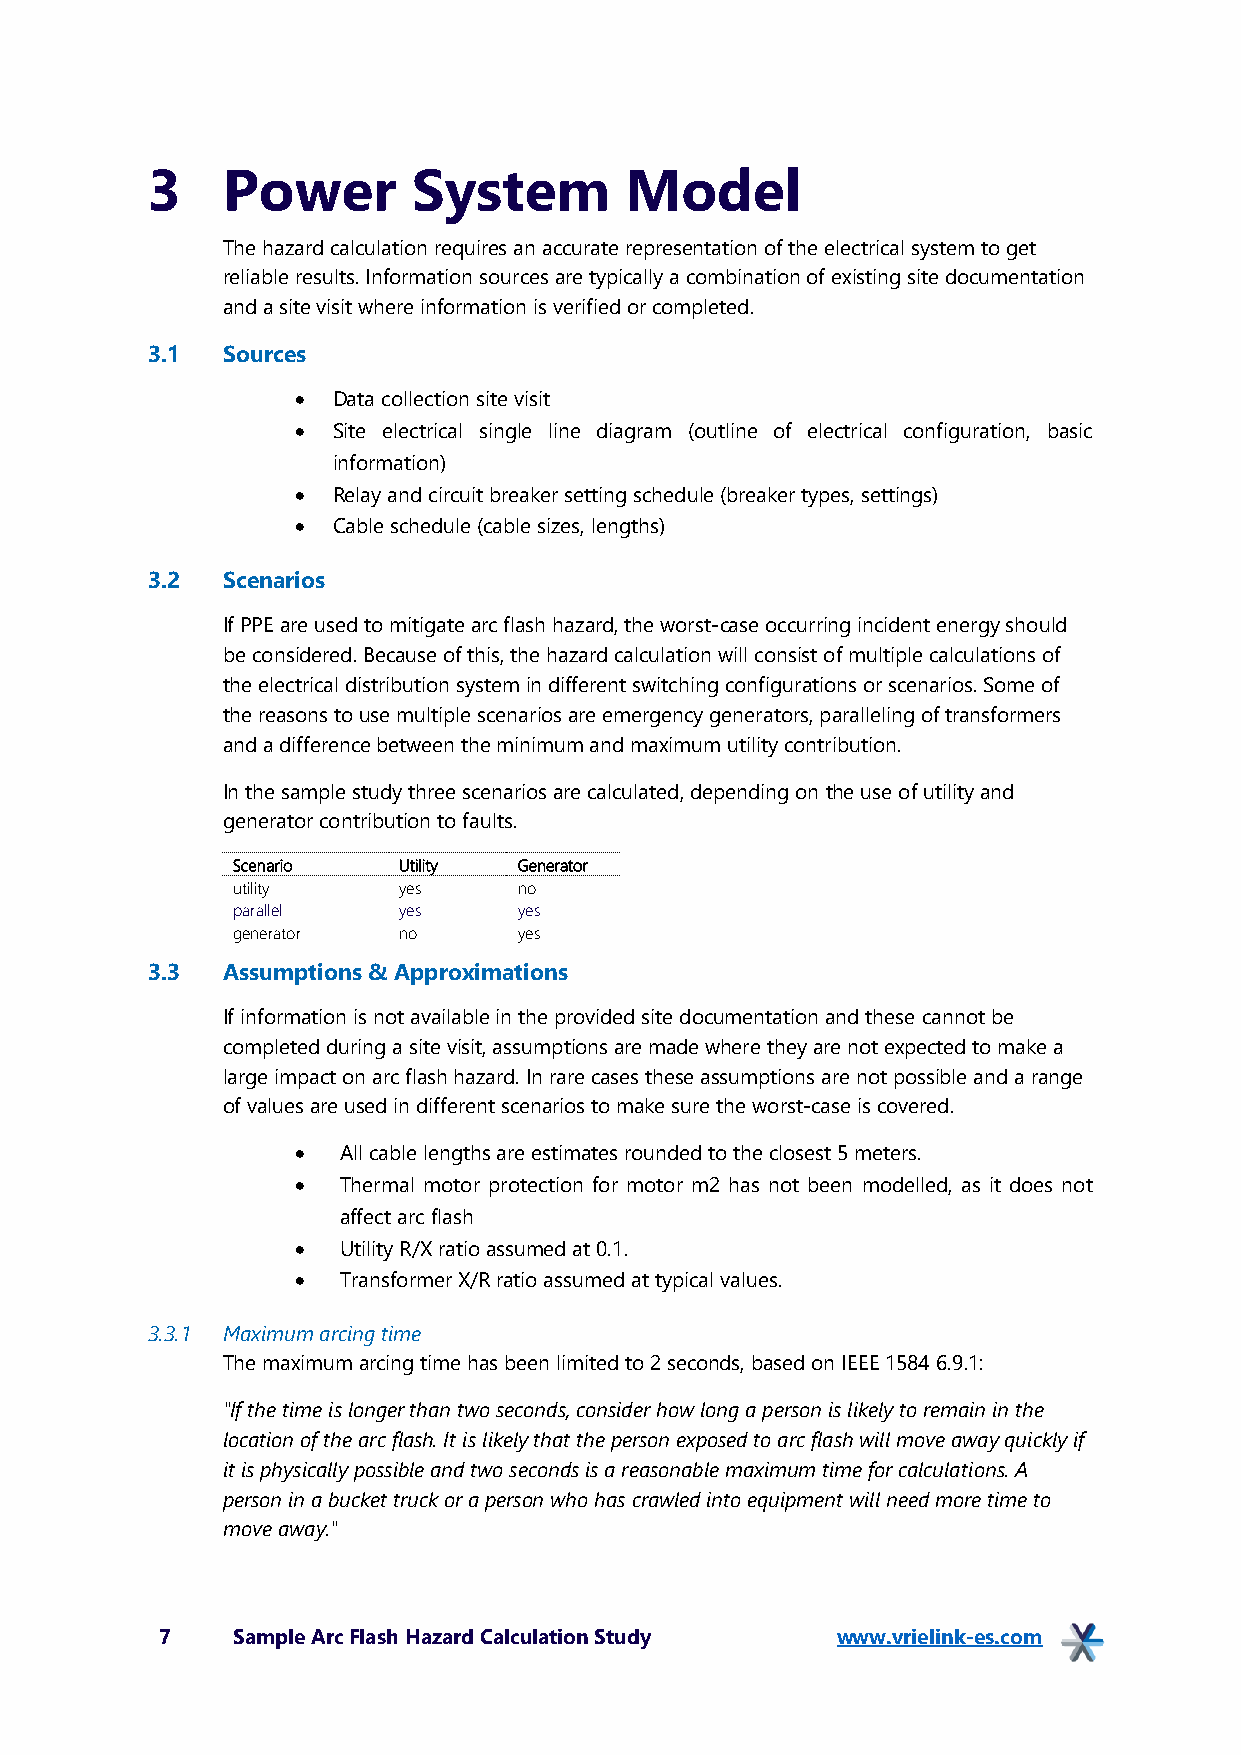
3    Power       System        Model
 The hazard calculation requires an accurate representation of the electrical system to get
 reliable results. Information sources are typically a combination of existing site documentation
 and a site visit where information is verified or completed.
 3.1  Sources
 • Data collection site visit
 • Site electrical single line diagram (outline of electrical configuration, basic
 information)
 • Relay and circuit breaker setting schedule (breaker types, settings)
 • Cable schedule (cable sizes, lengths)
 3.2  Scenarios
 If PPE are used to mitigate arc flash hazard, the worst-case occurring incident energy should
 be considered. Because of this, the hazard calculation will consist of multiple calculations of
 the electrical distribution system in different switching configurations or scenarios. Some of
 the reasons to use multiple scenarios are emergency generators, paralleling of transformers
 and a difference between the minimum and maximum utility contribution.
 In the sample study three scenarios are calculated, depending on the use of utility and
 generator contribution to faults.
 Scenario   Utility Generator
 utility    yes     no
 parallel   yes     yes
 generator  no      yes
 3.3  Assumptions & Approximations
 If information is not available in the provided site documentation and these cannot be
 completed during a site visit, assumptions are made where they are not expected to make a
 large impact on arc flash hazard. In rare cases these assumptions are not possible and a range
 of values are used in different scenarios to make sure the worst-case is covered.
 •  All cable lengths are estimates rounded to the closest 5 meters.
 •  Thermal motor protection for motor m2 has not been modelled, as it does not
 affect arc flash
 •  Utility R/X ratio assumed at 0.1.
 •  Transformer X/R ratio assumed at typical values.
 3.3.1 Maximum arcing time
 The maximum arcing time has been limited to 2 seconds, based on IEEE 1584 6.9.1:
 "If the time is longer than two seconds, consider how long a person is likely to remain in the
 location of the arc flash. It is likely that the person exposed to arc flash will move away quickly if
 it is physically possible and two seconds is a reasonable maximum time for calculations. A
 person in a bucket truck or a person who has crawled into equipment will need more time to
 move away."
 7   Sample Arc Flash Hazard Calculation Study www.vrielink-es.com